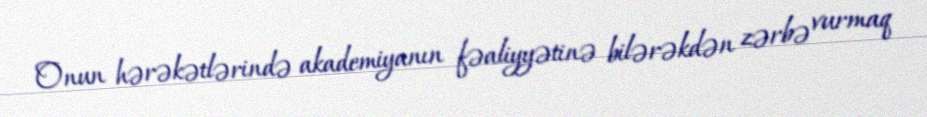
Onun hərəkətlərində akademiyanın fəaliyyətinə bilərəkdən zərbə vurmaq